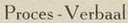
Proces-Verbaal